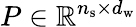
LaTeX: P\in\mathbb{R}^{n_{\mathrm{s}}\times d_{\mathrm{w}}}